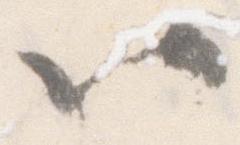
以